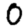
Digit: 0